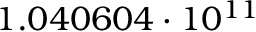
1 . 0 4 0 6 0 4 \cdot 1 0 ^ { 1 1 }